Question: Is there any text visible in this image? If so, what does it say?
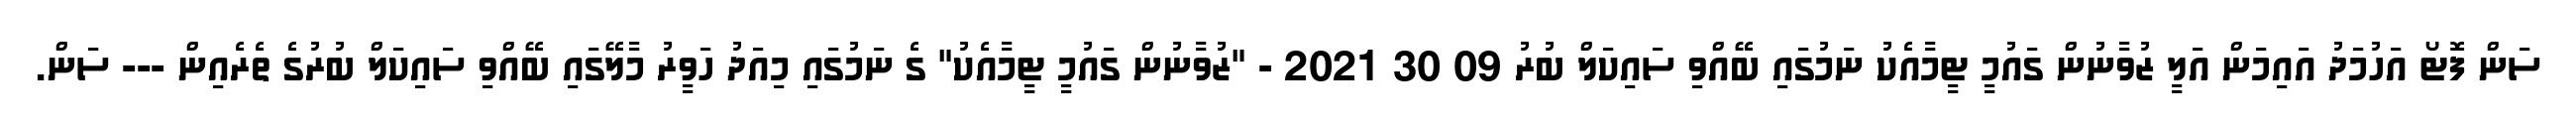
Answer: ސަން ފޮޓޯ އަހުމަދު އައިމަން އަލީ ޒުވާނުން ގައުމީ ޓީމާއެކު ނަމުގައި ބޭއްވި ސައިކަލް ބުރު 09 30 2021 - "ޒުވާނުން ގައުމީ ޓީމާއެކު" ގެ ނަމުގައި މިއަދު ހަވީރު މާލޭގައި ބޭއްވި ސައިކަލް ބުރުގެ ތެރެއިން --- ސަން.